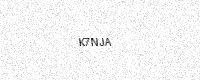
Text: K7NJA